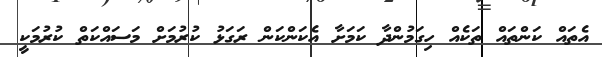
އެތައް ކަންތައް ތަކެއް ހިގަމުންދާ ކަމަށާ އެކަންކަން ރަގަޅު ކުރުމަށް މަސައްކަތް ކުރުމަކީ